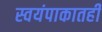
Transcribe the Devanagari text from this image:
स्वयंपाकातही